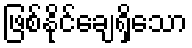
ဖြစ်နိုင်ချေရှိသော